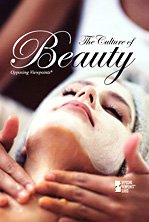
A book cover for The Culture of Beauty (Opposing Viewpoints); Teen & Young Adult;